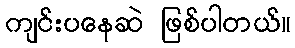
ကျင်းပနေဆဲ ဖြစ်ပါတယ်။